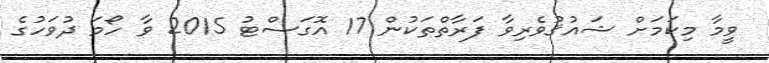
ވީމާ މިކަމަށް ޝައުޤުވެރިވާ ފަރާތްތަކުން 17 އޮގަސްޓު 2015 ވާ ހޯމަ ދުވަހުގެ